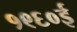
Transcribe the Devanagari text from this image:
१९६०ई